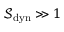
\mathcal { S } _ { \mathrm { d y n } } \gg 1